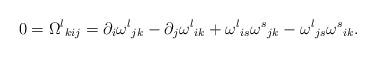
LaTeX: \begin{align*}0 &= {\Omega^l}_{kij} = \partial_i {\omega^l}_{jk} - \partial_j {\omega^l}_{ik} + {\omega^l}_{is} {\omega^s}_{jk} - {\omega^l}_{js} {\omega^s}_{ik}.\end{align*}